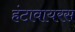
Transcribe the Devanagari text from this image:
हंटावायरस